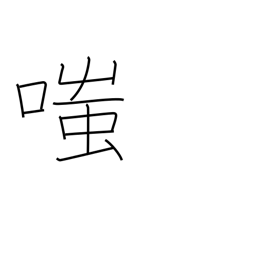
Meaning: laugh